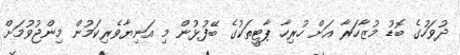
ދުވަހުގެ ބޮޑު މުޒާހަރާ އަށް ހުރިހާ ޕާޓީތަކުގެ ބޭފުޅުން މި އަނިޔާވެރިކަމުން މިންޖުވުމަށް